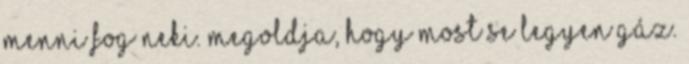
menni fog neki. Megoldja, hogy most se legyen gáz.